Enquiry on enteric fever in India - Number 32
Disease focus: Fever
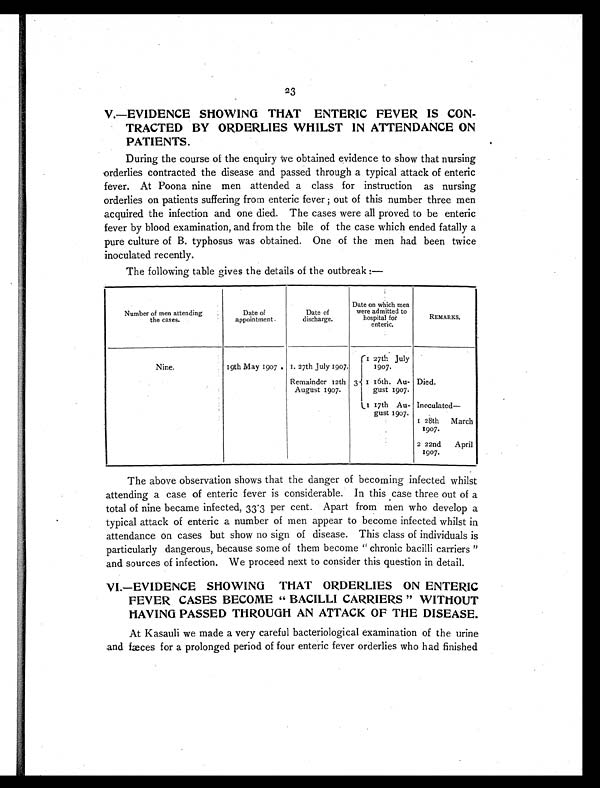
23
V.—EVIDENCE SHOWING THAT ENTERIC FEVER IS CON
- T R A C T E D B Y O R D E R L I E S W H I L S T I N A T T E N D A N C E O N
PATIENTS.
During the course of the enquiry we obtained evidence to show that nursing
orderlies contracted the disease and passed through a typical attack of enteric
fever. At Poona nine men attended a class for instruction as nursing
orderlies on patients suffering from enteric fever ; out of this number three men
acquired the infection and one died. The cases were all proved to be enteric
fever by blood examination, and from the bile of the case which ended fatally a
pure culture of B. typhosus was obtained. One of the men had been twice
inoculated recently.
The following table gives the details of the outbreak:—
Number of men attending
the cases.
Date of
appointment.
Date of
discharge.
Date on which men
were admitted to
hospital for
enteric.
REMARKS.
Nine.
19th May 1907. 1. 27th July 1907.
3
1 27th July
1907.
Remainder 12th
August 1907.
1 16th. Au-
gust 1907.
Died.
1 17th Au-
gust 1907.
Inoculated—
1 28th March
1907.
2 22nd April
1907.
The above observation shows that the danger of becoming infected whilst
attending a case of enteric fever is considerable. In this case three out of a
total of nine became infected, 33.3 per cent. Apart from men who develop a
typical attack of enteric a number of men appear to become infected whilst in
attendance on cases but show no sign of disease. This class of individuals is
particularly dangerous, because some of them become " chronic bacilli carriers "
and sources of infection. We proceed next to consider this question in detail.
VI.—EVIDENCE SHOWING THAT ORDERLIES ON ENTERIC
FEVER CASES BECOME " BACILLI CARRIERS " WITHOUT
HAVING PASSED THROUGH AN ATTACK OF THE DISEASE.
At Kasauli we made a very careful bacteriological examination of the urine
and fæces for a prolonged period of four enteric fever orderlies who had finished